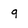
Character: 9